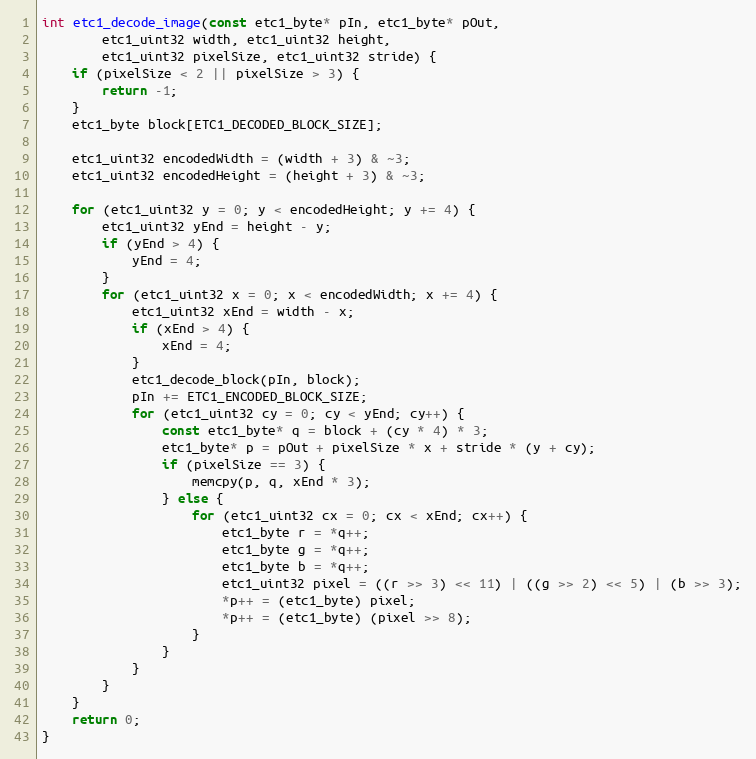
Language: C++
int etc1_decode_image(const etc1_byte* pIn, etc1_byte* pOut,
        etc1_uint32 width, etc1_uint32 height,
        etc1_uint32 pixelSize, etc1_uint32 stride) {
    if (pixelSize < 2 || pixelSize > 3) {
        return -1;
    }
    etc1_byte block[ETC1_DECODED_BLOCK_SIZE];

    etc1_uint32 encodedWidth = (width + 3) & ~3;
    etc1_uint32 encodedHeight = (height + 3) & ~3;

    for (etc1_uint32 y = 0; y < encodedHeight; y += 4) {
        etc1_uint32 yEnd = height - y;
        if (yEnd > 4) {
            yEnd = 4;
        }
        for (etc1_uint32 x = 0; x < encodedWidth; x += 4) {
            etc1_uint32 xEnd = width - x;
            if (xEnd > 4) {
                xEnd = 4;
            }
            etc1_decode_block(pIn, block);
            pIn += ETC1_ENCODED_BLOCK_SIZE;
            for (etc1_uint32 cy = 0; cy < yEnd; cy++) {
                const etc1_byte* q = block + (cy * 4) * 3;
                etc1_byte* p = pOut + pixelSize * x + stride * (y + cy);
                if (pixelSize == 3) {
                    memcpy(p, q, xEnd * 3);
                } else {
                    for (etc1_uint32 cx = 0; cx < xEnd; cx++) {
                        etc1_byte r = *q++;
                        etc1_byte g = *q++;
                        etc1_byte b = *q++;
                        etc1_uint32 pixel = ((r >> 3) << 11) | ((g >> 2) << 5) | (b >> 3);
                        *p++ = (etc1_byte) pixel;
                        *p++ = (etc1_byte) (pixel >> 8);
                    }
                }
            }
        }
    }
    return 0;
}